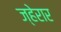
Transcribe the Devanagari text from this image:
ज्हेरार